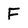
Character: F